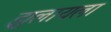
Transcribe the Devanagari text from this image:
झुलायला